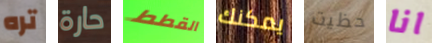
تره حارة القطط يمكنك حظيت انا